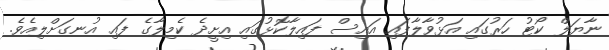
ނާޔަލް ކޯޓު ހަރުގައި އަޅުވާލާފައި އައިސް ފައިލާކޮޅުގައި އިށީދެ ކެމިލާގެ ފައި އުނގަށްލިއެވެ.